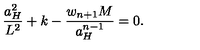
{ \frac { a _ { H } ^ { 2 } } { L ^ { 2 } } } + k - { \frac { w _ { n + 1 } M } { a _ { H } ^ { n - 1 } } } = 0 .